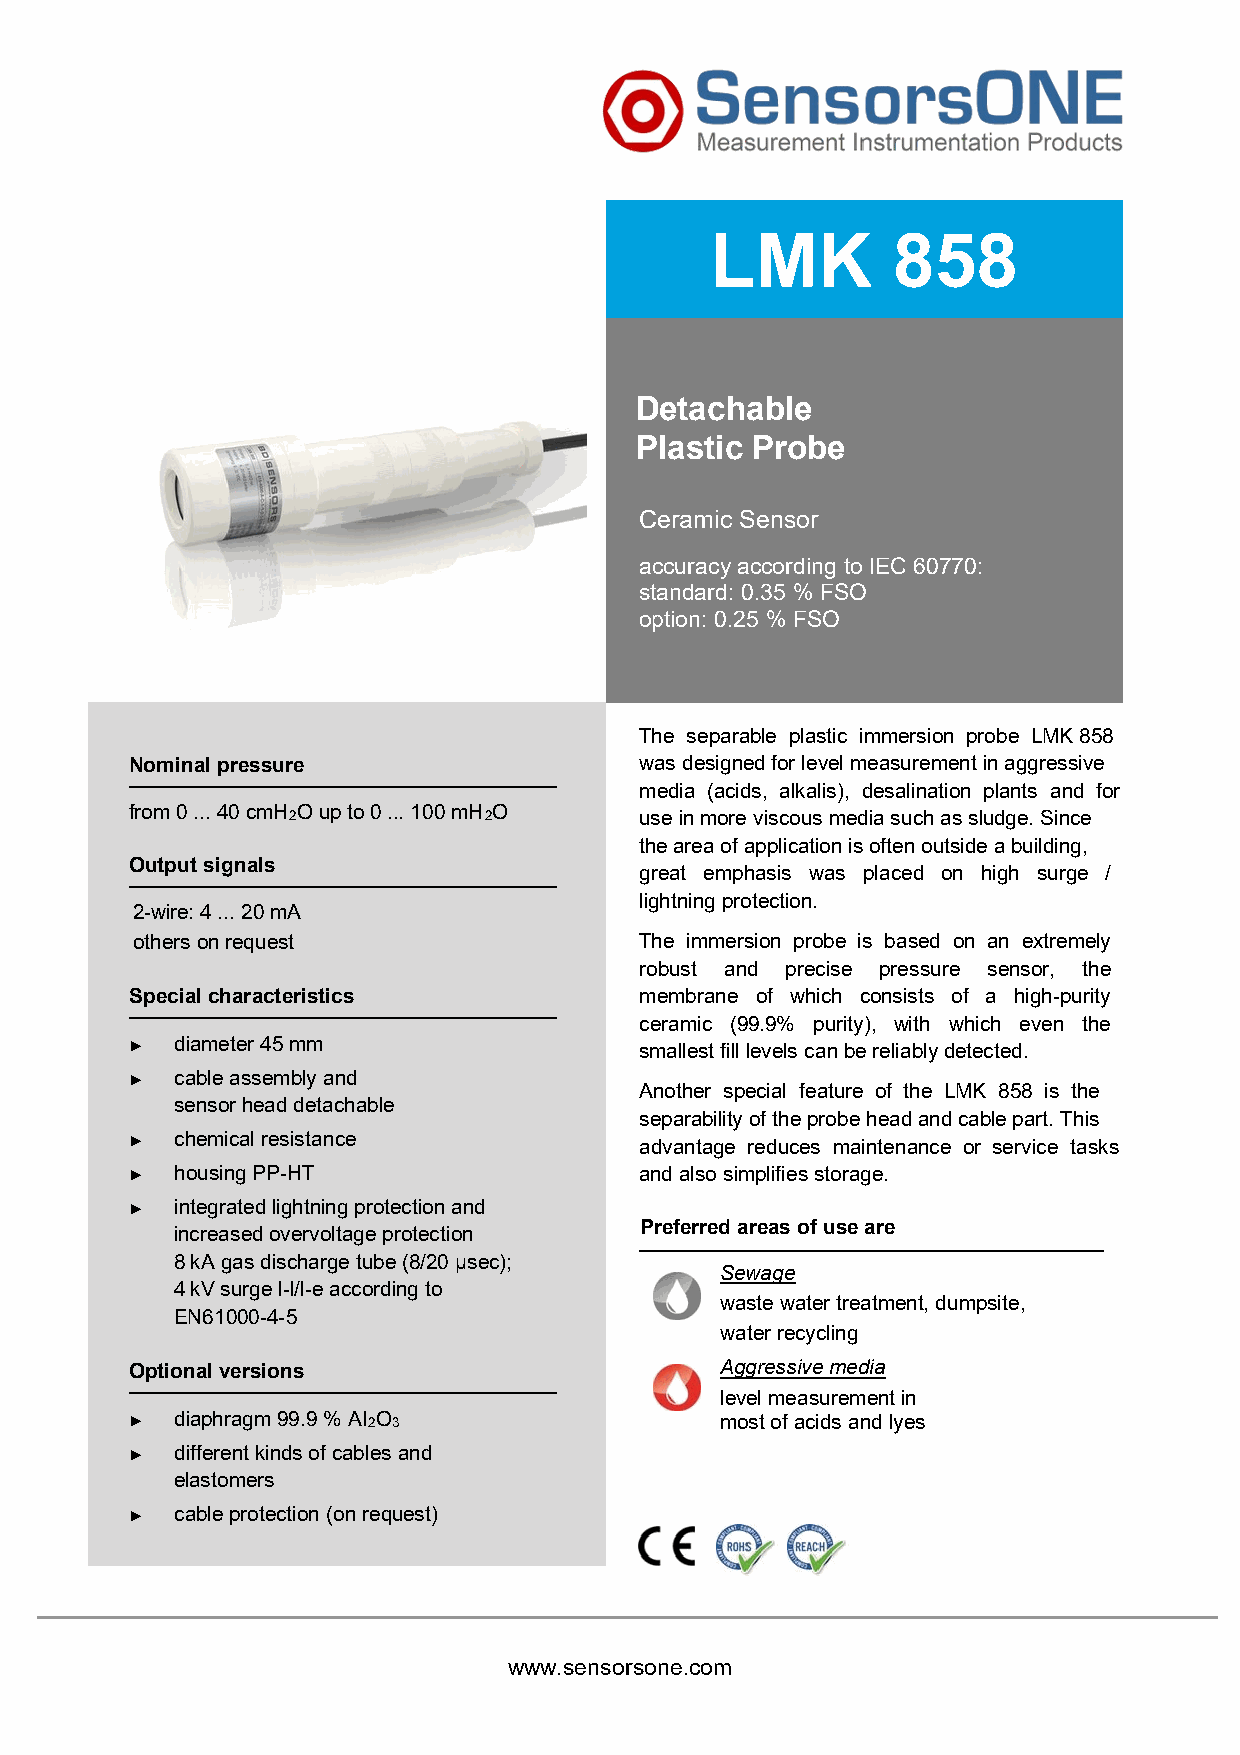
LMK         858
 Detachable
 Plastic Probe
 Ceramic Sensor
 accuracy according to IEC 60770:
 standard: 0.35 % FSO
 option: 0.25 % FSO
 The separable plastic immersion probe LMK 858
 Nominal pressure                 was designed for level measurement in aggressive
 media (acids, alkalis), desalination plants and for
 from 0 ... 40 cmH 2O up to 0 ... 100 mH 2O use in more viscous media such as sludge. Since
 the area of application is often outside a building,
 Output signals
 great emphasis was placed on high surge /
 lightning protection.
 2-wire: 4 ... 20 mA
 others on request                The immersion probe is based on an extremely
 robust and precise pressure sensor, the
 Special characteristics          membrane of which consists of a high-purity
 ceramic (99.9% purity), with which even the
 ►  diameter 45 mm                smallest fill levels can be reliably detected.
 ►  cable assembly and
 Another special feature of the LMK 858 is the
 sensor head detachable
 separability of the probe head and cable part. This
 ►  chemical resistance           advantage reduces maintenance or service tasks
 ►  housing PP-HT                 and also simplifies storage.
 ►  integrated lightning protection and
 Preferred areas of use are
 increased overvoltage protection
 8 kA gas discharge tube (8/20 µsec);
 Sewage
 4 kV surge l-l/l-e according to
 waste water treatment, dumpsite,
 EN61000-4-5
 water recycling
 Optional versions                      Aggressive media
 level measurement in
 ►  diaphragm 99.9 % AI 2O 3            most of acids and lyes
 ►  different kinds of cables and
 elastomers
 ►  cable protection (on request)
 www.sensorsone.com